Report on horse surra - Volume I
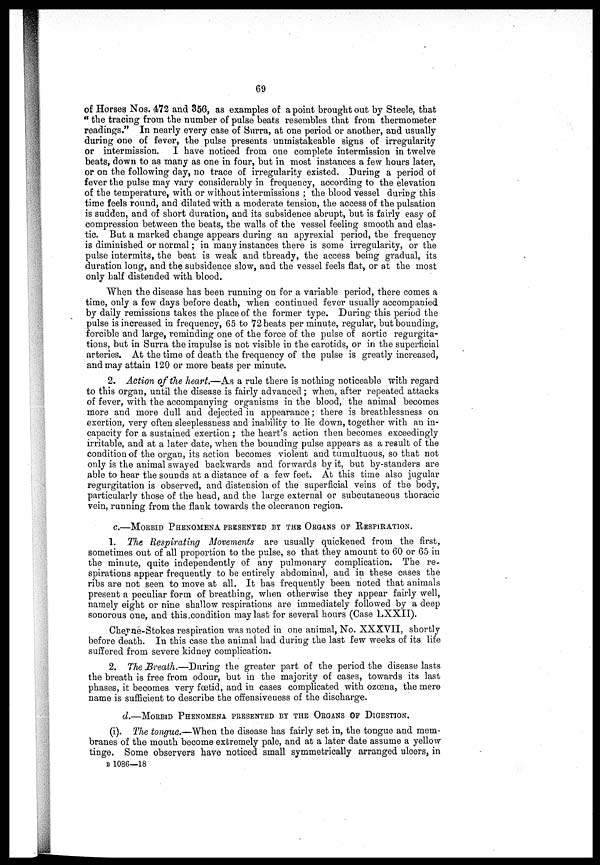
69
of Horses Nos. 472 and 356, as examples of a point brought out by Steele, that
"the tracing from the number of pulse beats resembles that from thermometer
readings." In nearly every case of Surra, at one period or another, and usually
during one of fever, the pulse presents unmistakeable signs of irregularity
or intermission. I have noticed from one complete intermission in twelve
beats, down to as many as one in four, but in most instances a few hours later,
or on the following day, no trace of irregularity existed. During a period of
fever the pulse may vary considerably in frequency, according to the elevation
of the temperature, with or without intermissions ; the blood vessel during this
time feels round, and dilated with a moderate tension, the access of the pulsation
is sudden, and of short duration, and its subsidence abrupt, but is fairly easy of
compression between the beats, the walls of the vessel feeling smooth and elas-
tic. But a marked change appears during an apyrexial period, the frequency
is diminished or normal ; in many instances there is some irregularity, or the
pulse intermits, the beat is weak and thready, the access being gradual, its
duration long, and the subsidence slow, and the vessel feels flat, or at the most
only half distended with blood.
When the disease has been running on for a variable period, there comes a
time, only a few days before death, when continued fever usually accompanied
by daily remissions takes the place of the former type. During this period the
pulse is increased in frequency, 65 to 72 beats per minute, regular, but bounding,
forcible and large, reminding one of the force of the pulse of aortic regurgita-
tions, but in Surra the impulse is not visible in the carotids, or in the superficial
arteries. At the time of death the frequency of the pulse is greatly increased,
and may attain 120 or more beats per minute.
2. Action of the heart.—As a rule there is nothing noticeable with regard
to this organ, until the disease is fairly advanced ; when, after repeated attacks
of fever, with the accompanying organisms in the blood,' the animal becomes
more and more dull and dejected in appearance ; there is breathlessness on
exertion, very often sleeplessness and inability to lie down, together with an in-
capacity for a sustained exertion ; the heart's action then becomes exceedingly
irritable, and at a later date, when the bounding pulse appears as a result of the
condition of the organ, its action becomes violent and tumultuous, so that not
only is the animal swayed backwards and forwards by it, but by-standers are
able to hear the sounds at a distance of a few feet. At this time also jugular
regurgitation is observed, and distension of the superficial veins of the body,
particularly those of the head, and the large external or subcutaneous thoracic
vein, running from the flank towards the olecranon region.
c. —MORBID PHENOMENA PRESNTED BY THE ORGANS OF RESPIRATION.
1. The Respirating Movements are usually quickened from the first,
sometimes out of all proportion to the pulse, so that they amount to 60 or 65 in
the minute, quite independently of any pulmonary complication. The re-
spirations appear frequently to be entirely abdominal, and in these cases the
ribs are not seen to move at all. It has frequently been noted that animals
present a peculiar form of breathing, when otherwise they appear fairly well,
namely eight or nine shallow respirations are immediately followed by a deep
sonorous one, and this condition may last for several hours (Case LXXII).
Cheyne-Stokes respiration was noted in one animal, No. XXXVII, shortly
before death. In this case the animal had during the last few weeks of its life
suffered from severe kidney complication.
2. The Breath.--- During the greater part of the period the disease lasts
the breath is free from odour, but in the majority of cases, towards its last
phases, it becomes very foetid, and in cases complicated with ozœna, the mere
name is sufficient to describe the offensiveness of the discharge.
d.—MORBID PHENOMENA PRESENTED BY THE ORGANS OF DIGESTION.
(i). The tongue.—When the disease has fairly set in, the tongue and mem-
branes of the mouth become extremely pale, and at a later date assume a yellow
tinge. Some observers have noticed small symmetrically arranged ulcers, in
B 1086—18